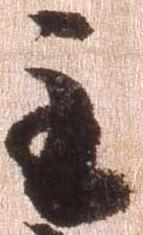
主